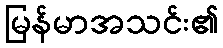
မြန်မာအသင်း၏